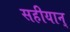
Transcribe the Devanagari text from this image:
सहीयान्